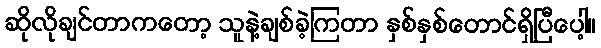
ဆိုလိုချင်တာကတော့ သူနဲ့ချစ်ခဲ့ကြတာ နှစ်နှစ်တောင်ရှိပြီပေါ့။